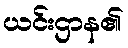
ယင်းဌာန၏